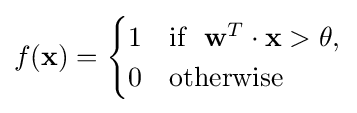
f(\mathbf {x} )={\begin{cases}1&{\text{if }}\ \mathbf {w} ^{T}\cdot \mathbf {x} >\theta ,\\0&{\text{otherwise}}\end{cases}}